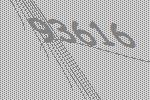
93616